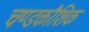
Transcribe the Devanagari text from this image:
चण्डकौशिक